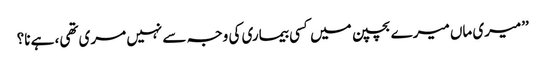
’’میری ماں میرے بچپن میں کسی بیماری کی وجہ سے نہیں مری تھی، ہے نا؟